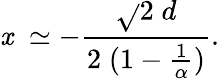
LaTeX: \mathit{x}\; \simeq-\frac{{\sqrt{}{{2}}\; d}}{{2\; (1-\frac{{1}}{{\alpha}})}}.